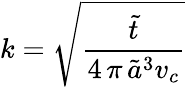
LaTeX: k=\sqrt{\frac{\tilde{t}}{4\, \pi\, \tilde{a}^{3}v_{c}}}